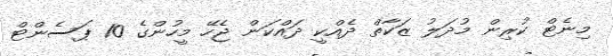
މިނެޓް ކުރިން މުދަލު ޒަކާތް ދެއްކީ ދައްކަން ޖެހޭ މީހުންގެ 10 ޕަސެންޓް